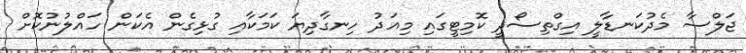
ޖަލްސާ މެދުކަނޑާލީ އިގްތިސޯދީ ކޮމިޓީގައި މިއަދު ހިނގާދިޔަ ކަމަކާއި ގުޅިގެން އެކަން ހައްލުނުކޮށް